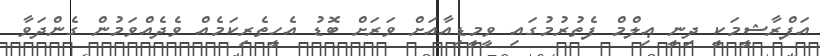
އަފްރާޝީމަކީ ދިނީ ޢިލްމް ފެތުރުމުގައި ވީމީޑިއާއަށް ވަރަށް ބޮޑު އެހީތެރިކަމެއް ވެދެއްވަމުން ގެންދަވާ